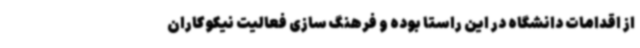
از اقدامات دانشگاه در این راستا بوده و فرهنگ سازی فعالیت نیکوکاران